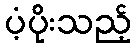
ပံ့ပိုးသည့်